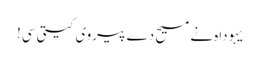
یہوداہ نے مسیح دے پیروی کیتی سی!